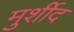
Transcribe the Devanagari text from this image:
मुर्शीद